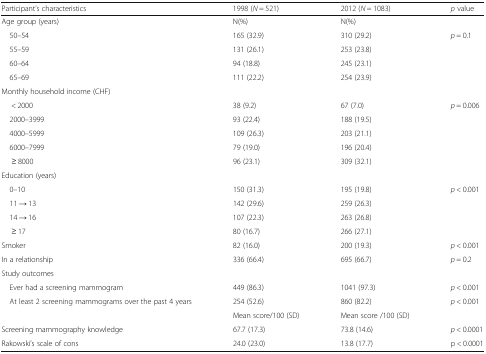
| Participant’s characteristics | 1998 (N = 521) | 2012 (N = 1083) | p value |
 | --- | --- | --- | --- |
 | Age group (years) | N(%) | N(%) |  |
 | 50–54 | 165 (32.9) | 310 (29.2) | <ROWSPAN=4> p = 0.1 |
 | 55–59 | 131 (26.1) | 253 (23.8) |
 | 60–64 | 94 (18.8) | 245 (23.1) |
 | 65–69 | 111 (22.2) | 254 (23.9) |
 | <COLSPAN=4> Monthly household income (CHF) |
 | < 2000 | 38 (9.2) | 67 (7.0) | <ROWSPAN=5> p = 0.006 |
 | 2000–3999 | 93 (22.4) | 188 (19.5) |
 | 4000–5999 | 109 (26.3) | 203 (21.1) |
 | 6000–7999 | 79 (19.0) | 196 (20.4) |
 | ≥ 8000 | 96 (23.1) | 309 (32.1) |
 | <COLSPAN=4> Education (years) |
 | 0–10 | 150 (31.3) | 195 (19.8) | <ROWSPAN=4> p < 0.001 |
 | 11 → 13 | 142 (29.6) | 259 (26.3) |
 | 14 → 16 | 107 (22.3) | 263 (26.8) |
 | ≥ 17 | 80 (16.7) | 266 (27.1) |
 | Smoker | 82 (16.0) | 200 (19.3) | p < 0.001 |
 | In a relationship | 336 (66.4) | 695 (66.7) | p = 0.2 |
 | <COLSPAN=4> Study outcomes |
 | Ever had a screening mammogram | 449 (86.3) | 1041 (97.3) | p < 0.001 |
 | At least 2 screening mammograms over the past 4 years | 254 (52.6) | 860 (82.2) | p < 0.001 |
 |  | Mean score/100 (SD) | Mean score /100 (SD) |  |
 | Screening mammography knowledge | 67.7 (17.3) | 73.8 (14.6) | p < 0.0001 |
 | Rakowski’s scale of cons | 24.0 (23.0) | 13.8 (17.7) | p < 0.0001 |